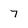
Character: 7